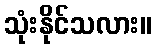
သုံးနိုင်သလား။